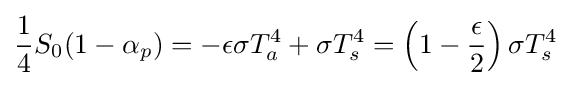
{\frac {1}{4}}S_{0}(1-\alpha _{p})=-\epsilon \sigma T_{a}^{4}+\sigma T_{s}^{4}=\left(1-{\frac {\epsilon }{2}}\right)\sigma T_{s}^{4}